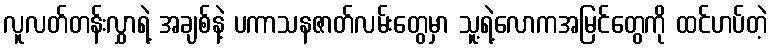
လူလတ်တန်းလွှာရဲ့ အချစ်နဲ့ ပကာသနဇာတ်လမ်းတွေမှာ သူ့ရဲ့လောကအမြင်တွေကို ထင်ဟပ်တဲ့